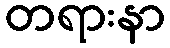
တရားနာ